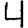
Digit: 4